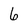
Character: 6